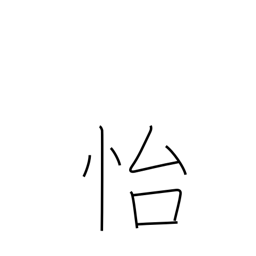
Meaning: enjoy